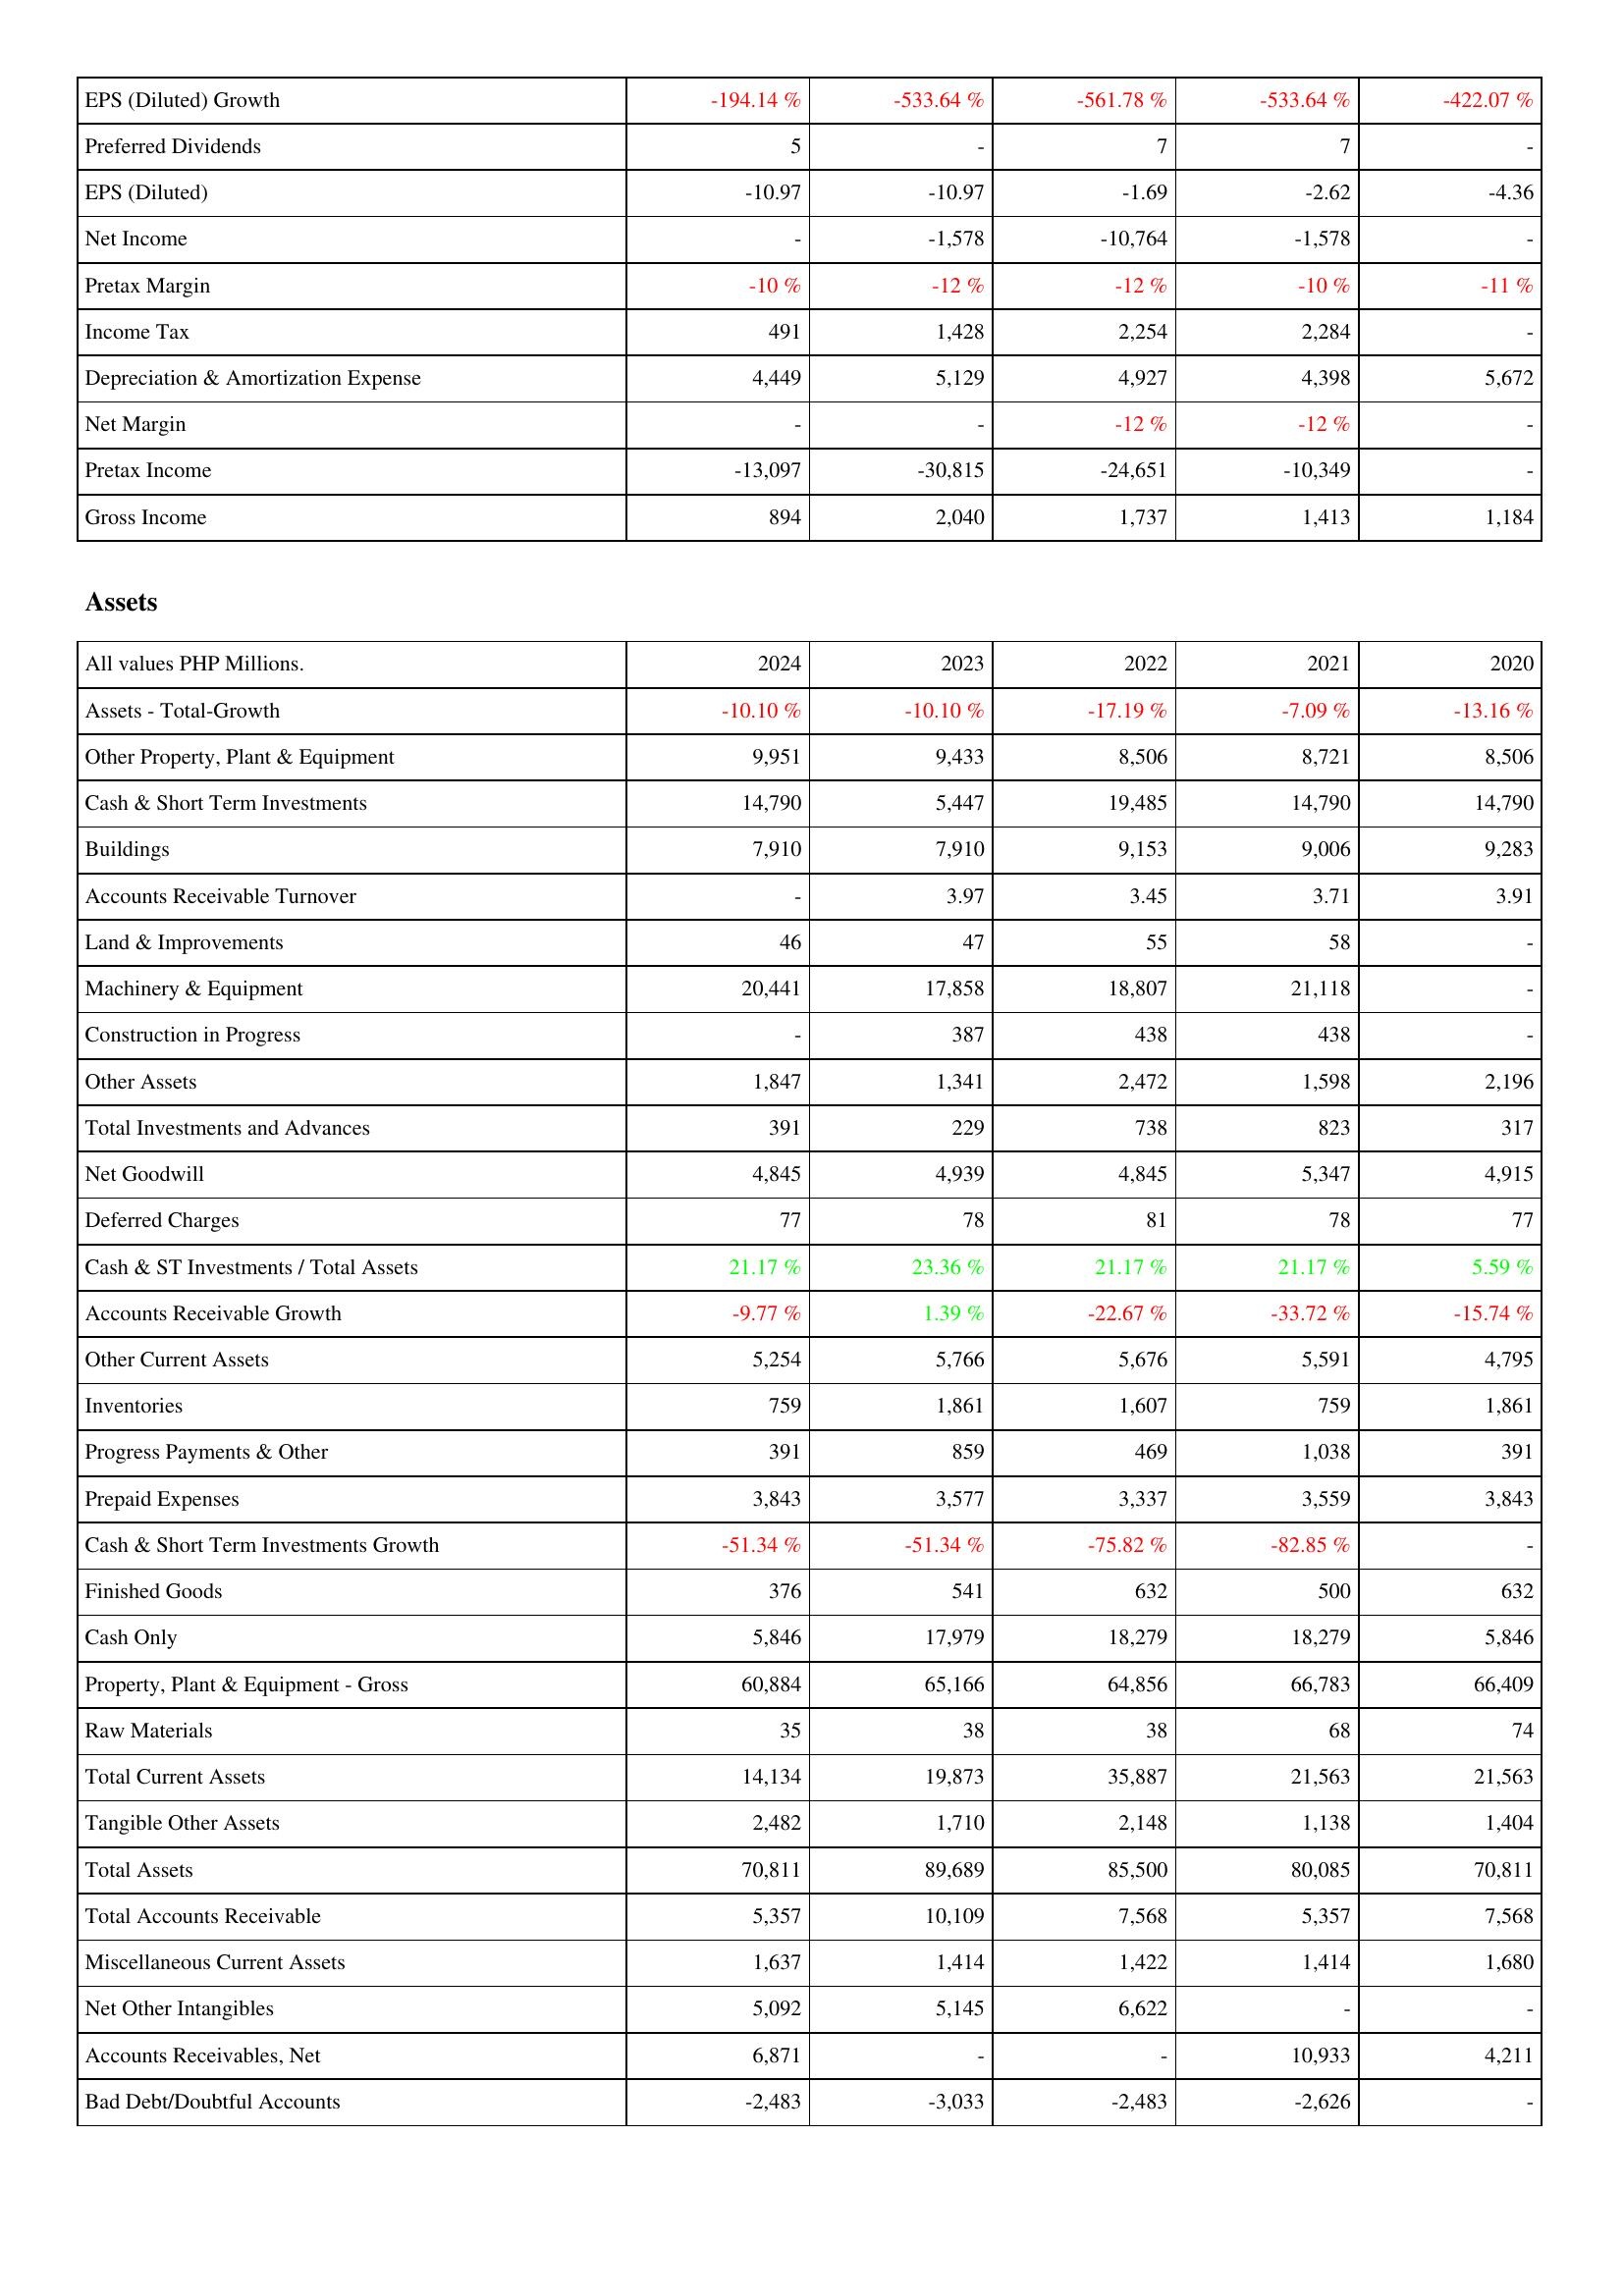
2024: Income Statement: EPS (Diluted) Growth: -194.14 %
Preferred Dividends: 5
EPS (Diluted): -10.97
Net Income: -
Pretax Margin: -10 %
Income Tax: 491
Depreciation & Amortization Expense: 4,449
Net Margin: -
Pretax Income: -13,097
Gross Income: 894
Assets: Assets - Total-Growth: -10.10 %
Other Property, Plant & Equipment: 9,951
Cash & Short Term Investments: 14,790
Buildings: 7,910
Accounts Receivable Turnover: -
Land & Improvements: 46
Machinery & Equipment: 20,441
Construction in Progress: -
Other Assets: 1,847
Total Investments and Advances: 391
Net Goodwill: 4,845
Deferred Charges: 77
Cash & ST Investments / Total Assets: 21.17 %
Accounts Receivable Growth: -9.77 %
Other Current Assets: 5,254
Inventories: 759
Progress Payments & Other: 391
Prepaid Expenses: 3,843
Cash & Short Term Investments Growth: -51.34 %
Finished Goods: 376
Cash Only: 5,846
Property, Plant & Equipment - Gross: 60,884
Raw Materials: 35
Total Current Assets: 14,134
Tangible Other Assets: 2,482
Total Assets: 70,811
Total Accounts Receivable: 5,357
Miscellaneous Current Assets: 1,637
Net Other Intangibles: 5,092
Accounts Receivables, Net: 6,871
Bad Debt/Doubtful Accounts: -2,483
2023: Income Statement: EPS (Diluted) Growth: -533.64 %
Preferred Dividends: -
EPS (Diluted): -10.97
Net Income: -1,578
Pretax Margin: -12 %
Income Tax: 1,428
Depreciation & Amortization Expense: 5,129
Net Margin: -
Pretax Income: -30,815
Gross Income: 2,040
Assets: Assets - Total-Growth: -10.10 %
Other Property, Plant & Equipment: 9,433
Cash & Short Term Investments: 5,447
Buildings: 7,910
Accounts Receivable Turnover: 3.97
Land & Improvements: 47
Machinery & Equipment: 17,858
Construction in Progress: 387
Other Assets: 1,341
Total Investments and Advances: 229
Net Goodwill: 4,939
Deferred Charges: 78
Cash & ST Investments / Total Assets: 23.36 %
Accounts Receivable Growth: 1.39 %
Other Current Assets: 5,766
Inventories: 1,861
Progress Payments & Other: 859
Prepaid Expenses: 3,577
Cash & Short Term Investments Growth: -51.34 %
Finished Goods: 541
Cash Only: 17,979
Property, Plant & Equipment - Gross: 65,166
Raw Materials: 38
Total Current Assets: 19,873
Tangible Other Assets: 1,710
Total Assets: 89,689
Total Accounts Receivable: 10,109
Miscellaneous Current Assets: 1,414
Net Other Intangibles: 5,145
Accounts Receivables, Net: -
Bad Debt/Doubtful Accounts: -3,033
2022: Income Statement: EPS (Diluted) Growth: -561.78 %
Preferred Dividends: 7
EPS (Diluted): -1.69
Net Income: -10,764
Pretax Margin: -12 %
Income Tax: 2,254
Depreciation & Amortization Expense: 4,927
Net Margin: -12 %
Pretax Income: -24,651
Gross Income: 1,737
Assets: Assets - Total-Growth: -17.19 %
Other Property, Plant & Equipment: 8,506
Cash & Short Term Investments: 19,485
Buildings: 9,153
Accounts Receivable Turnover: 3.45
Land & Improvements: 55
Machinery & Equipment: 18,807
Construction in Progress: 438
Other Assets: 2,472
Total Investments and Advances: 738
Net Goodwill: 4,845
Deferred Charges: 81
Cash & ST Investments / Total Assets: 21.17 %
Accounts Receivable Growth: -22.67 %
Other Current Assets: 5,676
Inventories: 1,607
Progress Payments & Other: 469
Prepaid Expenses: 3,337
Cash & Short Term Investments Growth: -75.82 %
Finished Goods: 632
Cash Only: 18,279
Property, Plant & Equipment - Gross: 64,856
Raw Materials: 38
Total Current Assets: 35,887
Tangible Other Assets: 2,148
Total Assets: 85,500
Total Accounts Receivable: 7,568
Miscellaneous Current Assets: 1,422
Net Other Intangibles: 6,622
Accounts Receivables, Net: -
Bad Debt/Doubtful Accounts: -2,483
2021: Income Statement: EPS (Diluted) Growth: -533.64 %
Preferred Dividends: 7
EPS (Diluted): -2.62
Net Income: -1,578
Pretax Margin: -10 %
Income Tax: 2,284
Depreciation & Amortization Expense: 4,398
Net Margin: -12 %
Pretax Income: -10,349
Gross Income: 1,413
Assets: Assets - Total-Growth: -7.09 %
Other Property, Plant & Equipment: 8,721
Cash & Short Term Investments: 14,790
Buildings: 9,006
Accounts Receivable Turnover: 3.71
Land & Improvements: 58
Machinery & Equipment: 21,118
Construction in Progress: 438
Other Assets: 1,598
Total Investments and Advances: 823
Net Goodwill: 5,347
Deferred Charges: 78
Cash & ST Investments / Total Assets: 21.17 %
Accounts Receivable Growth: -33.72 %
Other Current Assets: 5,591
Inventories: 759
Progress Payments & Other: 1,038
Prepaid Expenses: 3,559
Cash & Short Term Investments Growth: -82.85 %
Finished Goods: 500
Cash Only: 18,279
Property, Plant & Equipment - Gross: 66,783
Raw Materials: 68
Total Current Assets: 21,563
Tangible Other Assets: 1,138
Total Assets: 80,085
Total Accounts Receivable: 5,357
Miscellaneous Current Assets: 1,414
Net Other Intangibles: -
Accounts Receivables, Net: 10,933
Bad Debt/Doubtful Accounts: -2,626
2020: Income Statement: EPS (Diluted) Growth: -422.07 %
Preferred Dividends: -
EPS (Diluted): -4.36
Net Income: -
Pretax Margin: -11 %
Income Tax: -
Depreciation & Amortization Expense: 5,672
Net Margin: -
Pretax Income: -
Gross Income: 1,184
Assets: Assets - Total-Growth: -13.16 %
Other Property, Plant & Equipment: 8,506
Cash & Short Term Investments: 14,790
Buildings: 9,283
Accounts Receivable Turnover: 3.91
Land & Improvements: -
Machinery & Equipment: -
Construction in Progress: -
Other Assets: 2,196
Total Investments and Advances: 317
Net Goodwill: 4,915
Deferred Charges: 77
Cash & ST Investments / Total Assets: 5.59 %
Accounts Receivable Growth: -15.74 %
Other Current Assets: 4,795
Inventories: 1,861
Progress Payments & Other: 391
Prepaid Expenses: 3,843
Cash & Short Term Investments Growth: -
Finished Goods: 632
Cash Only: 5,846
Property, Plant & Equipment - Gross: 66,409
Raw Materials: 74
Total Current Assets: 21,563
Tangible Other Assets: 1,404
Total Assets: 70,811
Total Accounts Receivable: 7,568
Miscellaneous Current Assets: 1,680
Net Other Intangibles: -
Accounts Receivables, Net: 4,211
Bad Debt/Doubtful Accounts: -